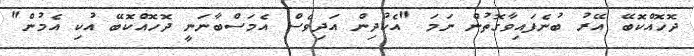
ދޮހޮއްކޮބޭ އޭރު ބުނެފައިވާގޮތުން ނަމަ "އެކުދިން އަދިވެސް އެމަސްބާނަނީ ދޮހޮއްކޮބޭ އުކި އެމުން"